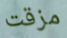
مزقت